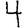
Digit: 4